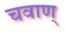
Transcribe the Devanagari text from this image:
चवाण्